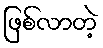
ဖြစ်လာတဲ့